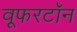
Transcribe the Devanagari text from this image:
वूफरटॉन